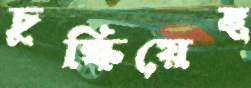
চুল্‌কিয়েছ